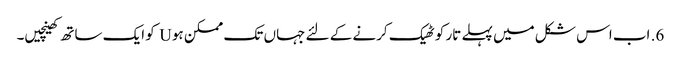
6. اب اس شکل میں پہلے تار کو ٹھیک کرنے کے لئے جہاں تک ممکن ہو U کو ایک ساتھ کھینچیں۔